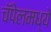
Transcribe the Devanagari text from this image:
चॅपेलमध्ये